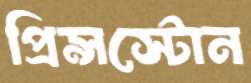
প্রিন্সস্টোন